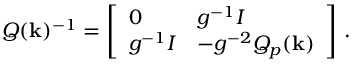
Q ( \mathbf k ) ^ { - 1 } = \left[ \begin{array} { l l } { 0 } & { g ^ { - 1 } I } \\ { g ^ { - 1 } I } & { - g ^ { - 2 } Q _ { p } ( \mathbf k ) } \end{array} \right] \, .